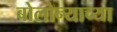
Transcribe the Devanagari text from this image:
बोलोन्याच्या